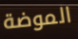
الموضة